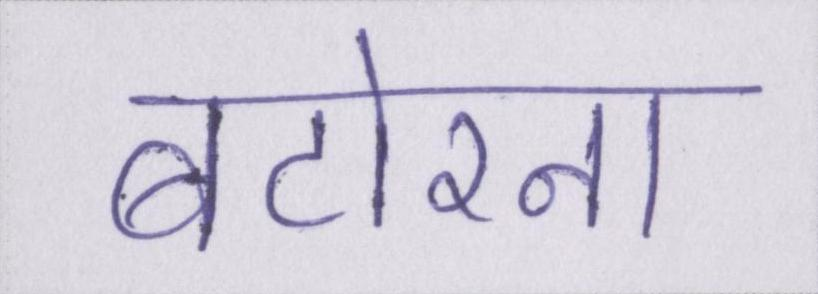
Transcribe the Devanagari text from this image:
बटोरना